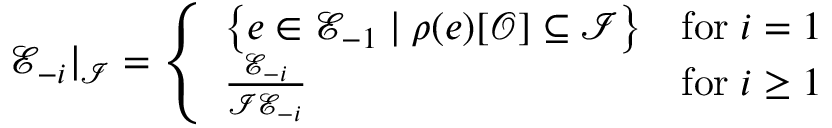
{ \mathcal { E } _ { - i } } | _ { \mathcal { I } } = \left\{ \begin{array} { l l } { \left\{ e \in \mathcal { E } _ { - 1 } \mid \rho ( e ) [ \mathcal { O } ] \subseteq \mathcal { I } \right\} } & { \mathrm { f o r } \; i = 1 } \\ { \frac { \mathcal { E } _ { - i } } { \mathcal { I } \mathcal { E } _ { - i } } } & { \mathrm { f o r } \; i \geq 1 } \end{array} \right.